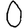
Digit: 0